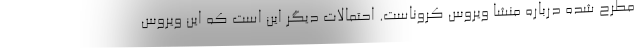
مطرح شده درباره منشا ویروس کروناست. احتمالات دیگر این است که این ویروس